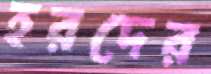
হরদের